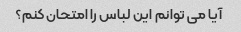
آیا می توانم این لباس را امتحان کنم؟